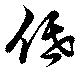
低